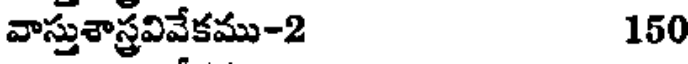
వాస్తుశాస్త్రవివేకము-2 150